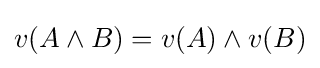
v(A\land B)=v(A)\land v(B)